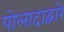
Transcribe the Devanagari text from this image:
पोलादाद्वारे